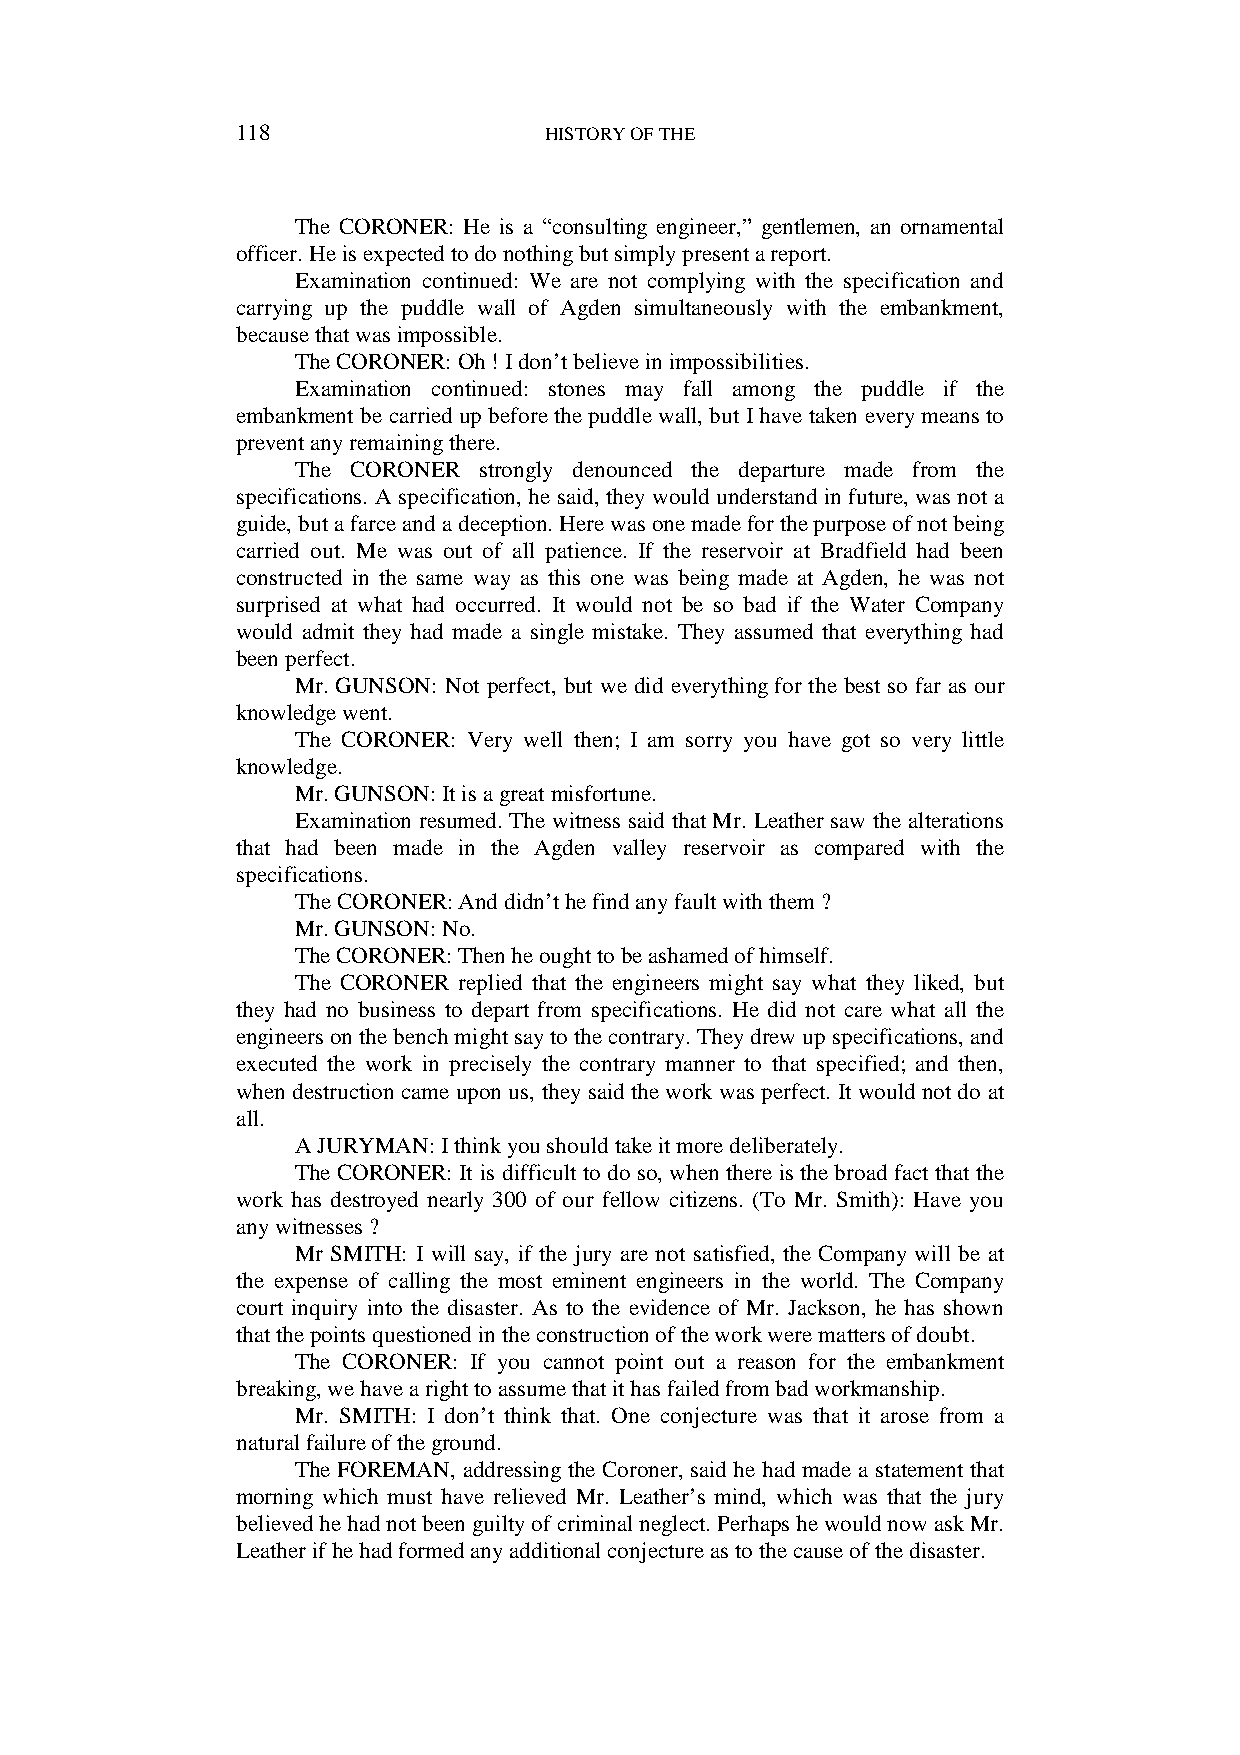
118                 HISTORY OF THE
 The CORONER: He is a “consulting engineer,” gentlemen, an ornamental
 officer. He is expected to do nothing but simply present a report.
 Examination continued: We are not complying with the specification and
 carrying up the puddle wall of Agden simultaneously with the embankment,
 because that was impossible.
 The CORONER: Oh ! I don’t believe in impossibilities.
 Examination continued: stones may fall among the puddle if the
 embankment be carried up before the puddle wall, but I have taken every means to
 prevent any remaining there.
 The CORONER strongly denounced the departure made from the
 specifications. A specification, he said, they would understand in future, was not a
 guide, but a farce and a deception. Here was one made for the purpose of not being
 carried out. Me was out of all patience. If the reservoir at Bradfield had been
 constructed in the same way as this one was being made at Agden, he was not
 surprised at what had occurred. It would not be so bad if the Water Company
 would admit they had made a single mistake. They assumed that everything had
 been perfect.
 Mr. GUNSON: Not perfect, but we did everything for the best so far as our
 knowledge went.
 The CORONER: Very well then; I am sorry you have got so very little
 knowledge.
 Mr. GUNSON: It is a great misfortune.
 Examination resumed. The witness said that Mr. Leather saw the alterations
 that had been made in the Agden valley reservoir as compared with the
 specifications.
 The CORONER: And didn’t he find any fault with them ?
 Mr. GUNSON: No.
 The CORONER: Then he ought to be ashamed of himself.
 The CORONER replied that the engineers might say what they liked, but
 they had no business to depart from specifications. He did not care what all the
 engineers on the bench might say to the contrary. They drew up specifications, and
 executed the work in precisely the contrary manner to that specified; and then,
 when destruction came upon us, they said the work was perfect. It would not do at
 all.
 A JURYMAN: I think you should take it more deliberately.
 The CORONER: It is difficult to do so, when there is the broad fact that the
 work has destroyed nearly 300 of our fellow citizens. (To Mr. Smith): Have you
 any witnesses ?
 Mr SMITH: I will say, if the jury are not satisfied, the Company will be at
 the expense of calling the most eminent engineers in the world. The Company
 court inquiry into the disaster. As to the evidence of Mr. Jackson, he has shown
 that the points questioned in the construction of the work were matters of doubt.
 The CORONER: If you cannot point out a reason for the embankment
 breaking, we have a right to assume that it has failed from bad workmanship.
 Mr. SMITH: I don’t think that. One conjecture was that it arose from a
 natural failure of the ground.
 The FOREMAN, addressing the Coroner, said he had made a statement that
 morning which must have relieved Mr. Leather’s mind, which was that the jury
 believed he had not been guilty of criminal neglect. Perhaps he would now ask Mr.
 Leather if he had formed any additional conjecture as to the cause of the disaster.